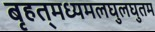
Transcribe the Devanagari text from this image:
बृहत्‌मध्यमलघुलघुतम